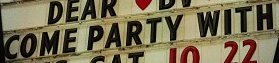
COME PARTY WITH